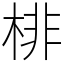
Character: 棑